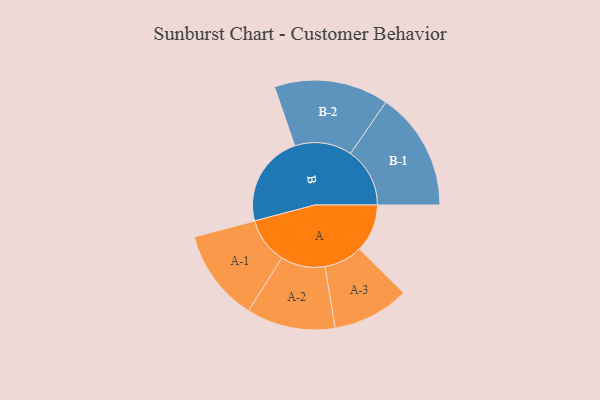
{"axis": {"x": "Segment", "y": "Value"}, "legend": ["", "A", "B"], "data": [{"x": "A", "y": 163, "type": ""}, {"x": "B", "y": 313, "type": ""}, {"x": "A-1", "y": 157, "type": "A"}, {"x": "A-2", "y": 151, "type": "A"}, {"x": "A-3", "y": 131, "type": "A"}, {"x": "B-1", "y": 202, "type": "B"}, {"x": "B-2", "y": 195, "type": "B"}]}